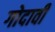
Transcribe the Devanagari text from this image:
गोदावी